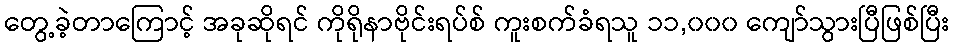
တွေ့ခဲ့တာကြောင့် အခုဆိုရင် ကိုရိုနာဗိုင်းရပ်စ် ကူးစက်ခံရသူ ၁၁,၀၀၀ ကျော်သွားပြီဖြစ်ပြီး